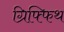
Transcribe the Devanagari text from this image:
ग्रिफ्फिथ